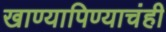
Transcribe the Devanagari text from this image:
खाण्यापिण्याचंही